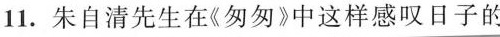
11.朱自清先生在《匆匆》中这样感叹日子的